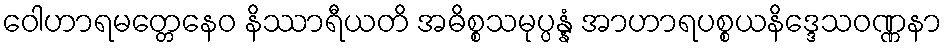
ဝေါဟာရမတ္တေနေဝ နိဿာရီယတိ အဓိစ္စသမုပ္ပန္နံ အာဟာရပစ္စယနိဒ္ဒေသဝဏ္ဏနာ